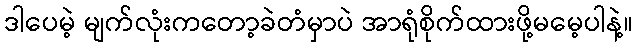
ဒါပေမဲ့ မျက်လုံးကတော့ခဲတံမှာပဲ အာရုံစိုက်ထားဖို့မမေ့ပါနဲ့။